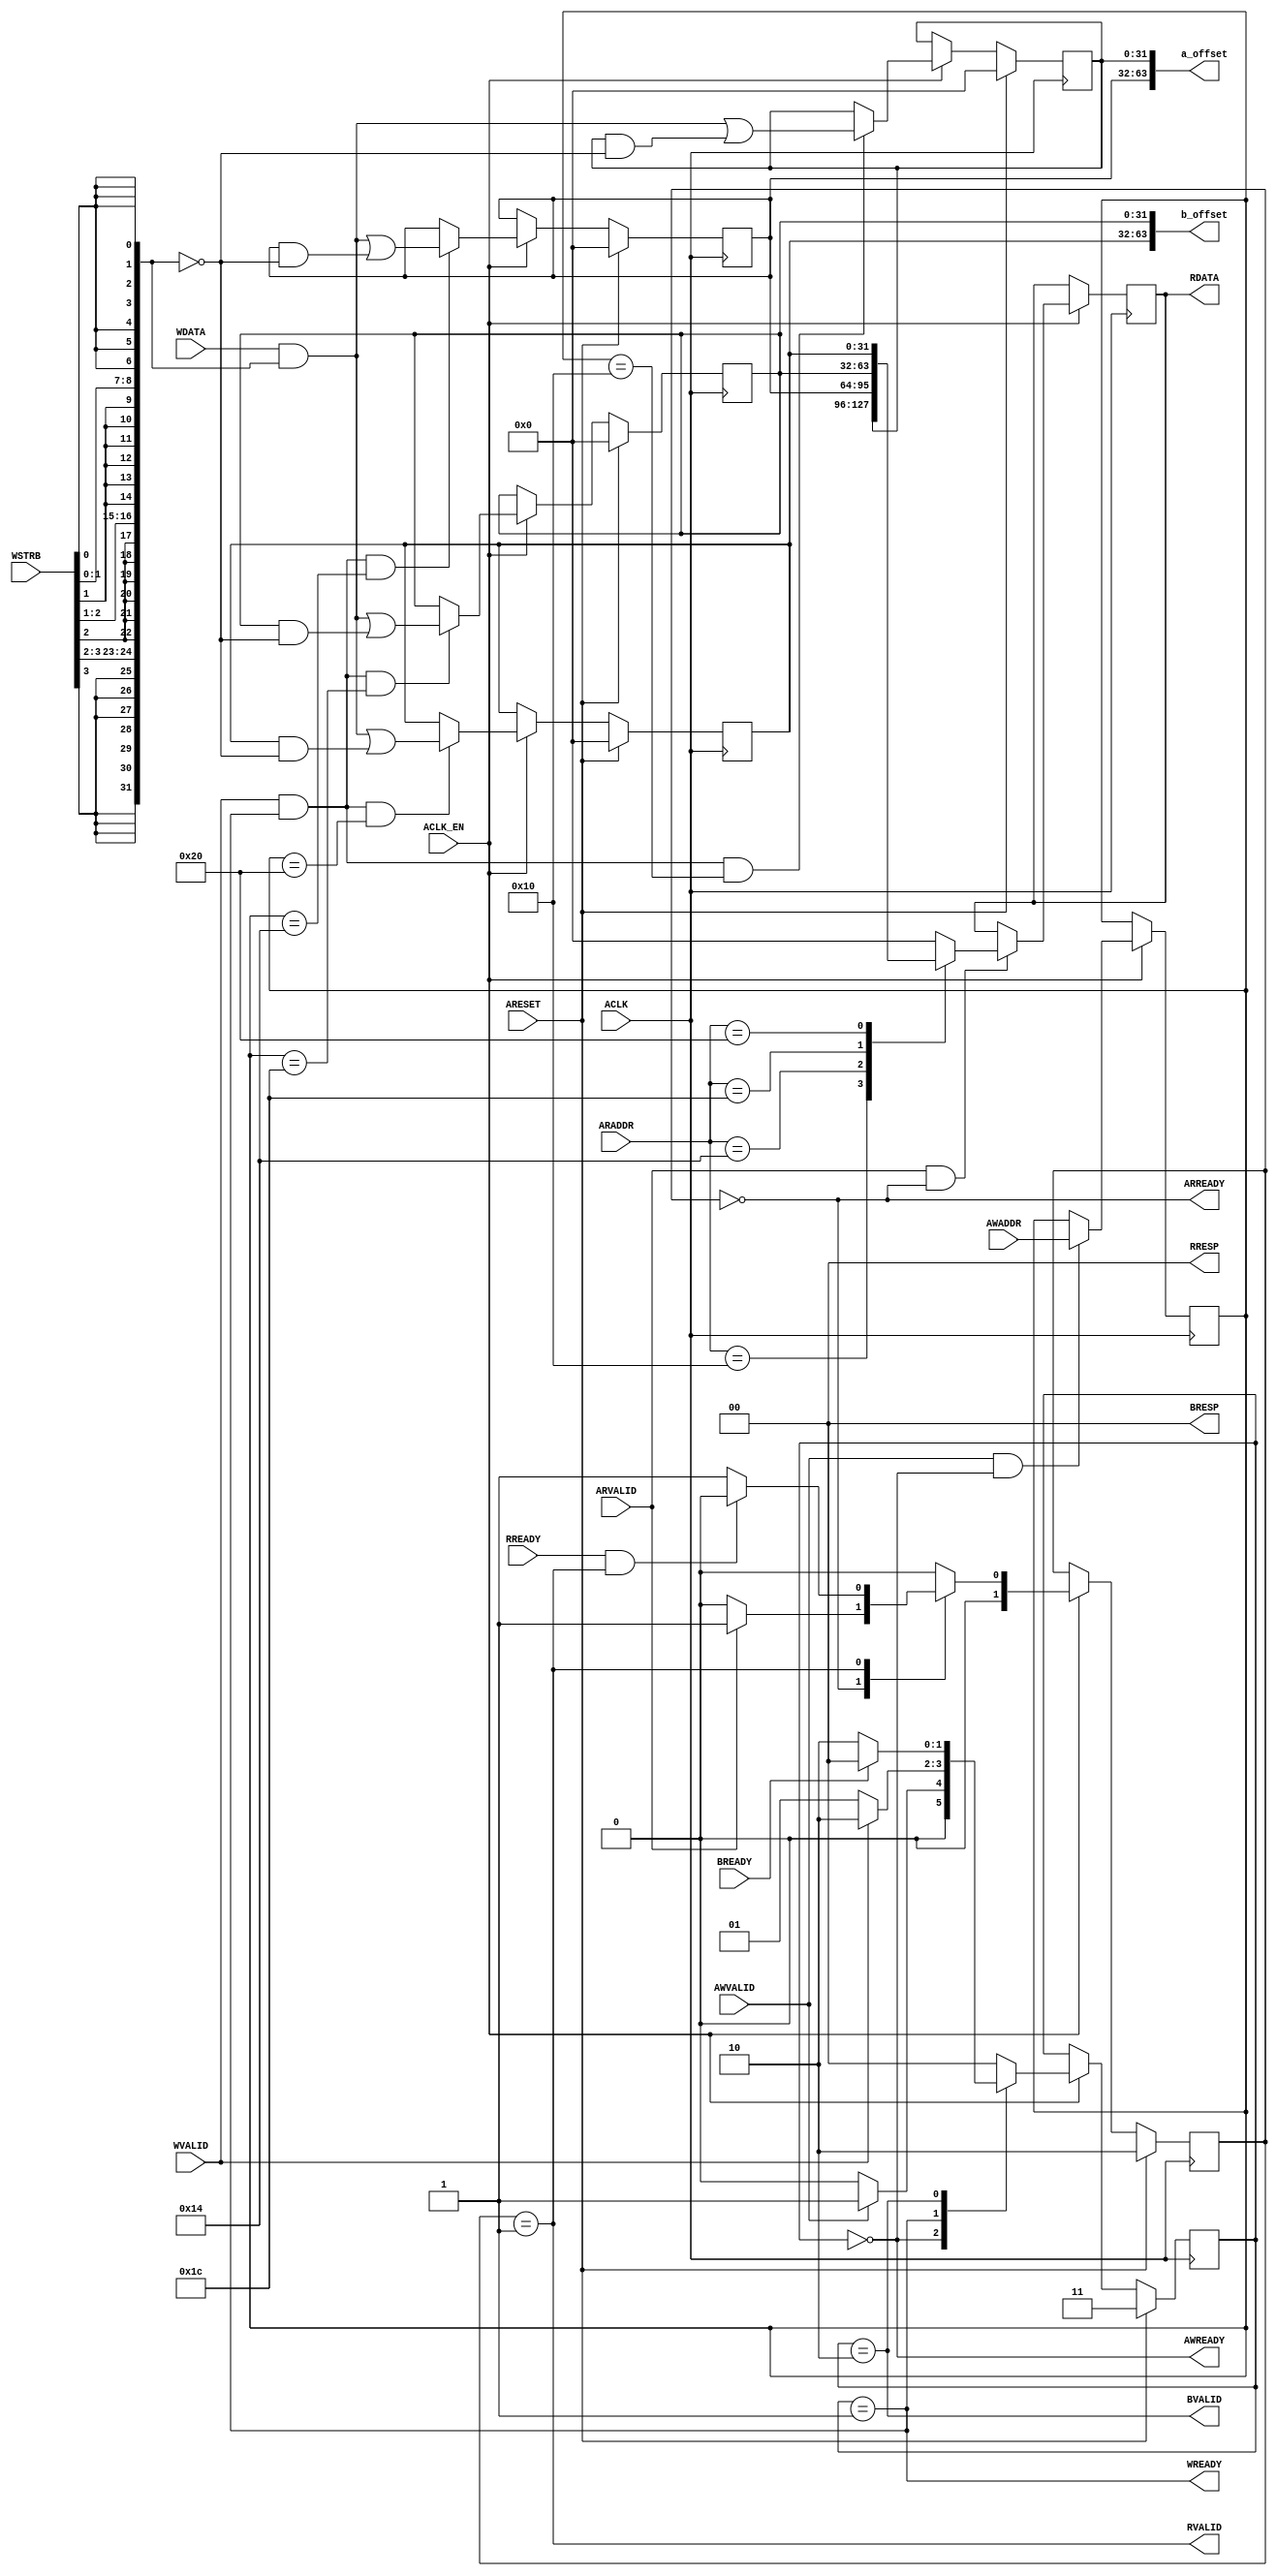
// ==============================================================
// Vitis HLS - High-Level Synthesis from C, C++ and OpenCL v2022.1 (64-bit)
// Tool Version Limit: 2022.04
// Copyright 1986-2022 Xilinx, Inc. All Rights Reserved.
// ==============================================================
`timescale 1ns/1ps
module example_control_s_axi
#(parameter
    C_S_AXI_ADDR_WIDTH = 6,
    C_S_AXI_DATA_WIDTH = 32
)(
    input  wire                          ACLK,
    input  wire                          ARESET,
    input  wire                          ACLK_EN,
    input  wire [C_S_AXI_ADDR_WIDTH-1:0] AWADDR,
    input  wire                          AWVALID,
    output wire                          AWREADY,
    input  wire [C_S_AXI_DATA_WIDTH-1:0] WDATA,
    input  wire [C_S_AXI_DATA_WIDTH/8-1:0] WSTRB,
    input  wire                          WVALID,
    output wire                          WREADY,
    output wire [1:0]                    BRESP,
    output wire                          BVALID,
    input  wire                          BREADY,
    input  wire [C_S_AXI_ADDR_WIDTH-1:0] ARADDR,
    input  wire                          ARVALID,
    output wire                          ARREADY,
    output wire [C_S_AXI_DATA_WIDTH-1:0] RDATA,
    output wire [1:0]                    RRESP,
    output wire                          RVALID,
    input  wire                          RREADY,
    output wire [63:0]                   a_offset,
    output wire [63:0]                   b_offset
);
//------------------------Address Info-------------------
// 0x00 : reserved
// 0x04 : reserved
// 0x08 : reserved
// 0x0c : reserved
// 0x10 : Data signal of a_offset
//        bit 31~0 - a_offset[31:0] (Read/Write)
// 0x14 : Data signal of a_offset
//        bit 31~0 - a_offset[63:32] (Read/Write)
// 0x18 : reserved
// 0x1c : Data signal of b_offset
//        bit 31~0 - b_offset[31:0] (Read/Write)
// 0x20 : Data signal of b_offset
//        bit 31~0 - b_offset[63:32] (Read/Write)
// 0x24 : reserved
// (SC = Self Clear, COR = Clear on Read, TOW = Toggle on Write, COH = Clear on Handshake)

//------------------------Parameter----------------------
localparam
    ADDR_A_OFFSET_DATA_0 = 6'h10,
    ADDR_A_OFFSET_DATA_1 = 6'h14,
    ADDR_A_OFFSET_CTRL   = 6'h18,
    ADDR_B_OFFSET_DATA_0 = 6'h1c,
    ADDR_B_OFFSET_DATA_1 = 6'h20,
    ADDR_B_OFFSET_CTRL   = 6'h24,
    WRIDLE               = 2'd0,
    WRDATA               = 2'd1,
    WRRESP               = 2'd2,
    WRRESET              = 2'd3,
    RDIDLE               = 2'd0,
    RDDATA               = 2'd1,
    RDRESET              = 2'd2,
    ADDR_BITS                = 6;

//------------------------Local signal-------------------
    reg  [1:0]                    wstate = WRRESET;
    reg  [1:0]                    wnext;
    reg  [ADDR_BITS-1:0]          waddr;
    wire [C_S_AXI_DATA_WIDTH-1:0] wmask;
    wire                          aw_hs;
    wire                          w_hs;
    reg  [1:0]                    rstate = RDRESET;
    reg  [1:0]                    rnext;
    reg  [C_S_AXI_DATA_WIDTH-1:0] rdata;
    wire                          ar_hs;
    wire [ADDR_BITS-1:0]          raddr;
    // internal registers
    reg  [63:0]                   int_a_offset = 'b0;
    reg  [63:0]                   int_b_offset = 'b0;

//------------------------Instantiation------------------


//------------------------AXI write fsm------------------
assign AWREADY = (wstate == WRIDLE);
assign WREADY  = (wstate == WRDATA);
assign BRESP   = 2'b00;  // OKAY
assign BVALID  = (wstate == WRRESP);
assign wmask   = { {8{WSTRB[3]}}, {8{WSTRB[2]}}, {8{WSTRB[1]}}, {8{WSTRB[0]}} };
assign aw_hs   = AWVALID & AWREADY;
assign w_hs    = WVALID & WREADY;

// wstate
always @(posedge ACLK) begin
    if (ARESET)
        wstate <= WRRESET;
    else if (ACLK_EN)
        wstate <= wnext;
end

// wnext
always @(*) begin
    case (wstate)
        WRIDLE:
            if (AWVALID)
                wnext = WRDATA;
            else
                wnext = WRIDLE;
        WRDATA:
            if (WVALID)
                wnext = WRRESP;
            else
                wnext = WRDATA;
        WRRESP:
            if (BREADY)
                wnext = WRIDLE;
            else
                wnext = WRRESP;
        default:
            wnext = WRIDLE;
    endcase
end

// waddr
always @(posedge ACLK) begin
    if (ACLK_EN) begin
        if (aw_hs)
            waddr <= AWADDR[ADDR_BITS-1:0];
    end
end

//------------------------AXI read fsm-------------------
assign ARREADY = (rstate == RDIDLE);
assign RDATA   = rdata;
assign RRESP   = 2'b00;  // OKAY
assign RVALID  = (rstate == RDDATA);
assign ar_hs   = ARVALID & ARREADY;
assign raddr   = ARADDR[ADDR_BITS-1:0];

// rstate
always @(posedge ACLK) begin
    if (ARESET)
        rstate <= RDRESET;
    else if (ACLK_EN)
        rstate <= rnext;
end

// rnext
always @(*) begin
    case (rstate)
        RDIDLE:
            if (ARVALID)
                rnext = RDDATA;
            else
                rnext = RDIDLE;
        RDDATA:
            if (RREADY & RVALID)
                rnext = RDIDLE;
            else
                rnext = RDDATA;
        default:
            rnext = RDIDLE;
    endcase
end

// rdata
always @(posedge ACLK) begin
    if (ACLK_EN) begin
        if (ar_hs) begin
            rdata <= 'b0;
            case (raddr)
                ADDR_A_OFFSET_DATA_0: begin
                    rdata <= int_a_offset[31:0];
                end
                ADDR_A_OFFSET_DATA_1: begin
                    rdata <= int_a_offset[63:32];
                end
                ADDR_B_OFFSET_DATA_0: begin
                    rdata <= int_b_offset[31:0];
                end
                ADDR_B_OFFSET_DATA_1: begin
                    rdata <= int_b_offset[63:32];
                end
            endcase
        end
    end
end


//------------------------Register logic-----------------
assign a_offset = int_a_offset;
assign b_offset = int_b_offset;
// int_a_offset[31:0]
always @(posedge ACLK) begin
    if (ARESET)
        int_a_offset[31:0] <= 0;
    else if (ACLK_EN) begin
        if (w_hs && waddr == ADDR_A_OFFSET_DATA_0)
            int_a_offset[31:0] <= (WDATA[31:0] & wmask) | (int_a_offset[31:0] & ~wmask);
    end
end

// int_a_offset[63:32]
always @(posedge ACLK) begin
    if (ARESET)
        int_a_offset[63:32] <= 0;
    else if (ACLK_EN) begin
        if (w_hs && waddr == ADDR_A_OFFSET_DATA_1)
            int_a_offset[63:32] <= (WDATA[31:0] & wmask) | (int_a_offset[63:32] & ~wmask);
    end
end

// int_b_offset[31:0]
always @(posedge ACLK) begin
    if (ARESET)
        int_b_offset[31:0] <= 0;
    else if (ACLK_EN) begin
        if (w_hs && waddr == ADDR_B_OFFSET_DATA_0)
            int_b_offset[31:0] <= (WDATA[31:0] & wmask) | (int_b_offset[31:0] & ~wmask);
    end
end

// int_b_offset[63:32]
always @(posedge ACLK) begin
    if (ARESET)
        int_b_offset[63:32] <= 0;
    else if (ACLK_EN) begin
        if (w_hs && waddr == ADDR_B_OFFSET_DATA_1)
            int_b_offset[63:32] <= (WDATA[31:0] & wmask) | (int_b_offset[63:32] & ~wmask);
    end
end


//------------------------Memory logic-------------------

endmodule